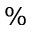
\%